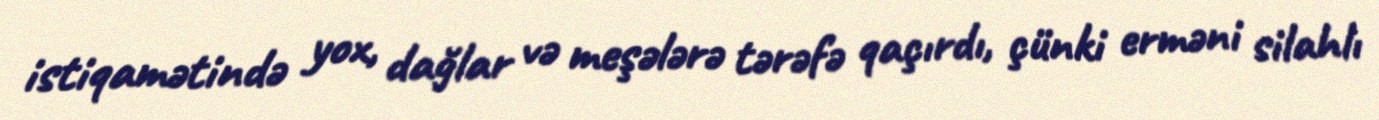
istiqamətində yox, dağlar və meşələrə tərəfə qaçırdı, çünki erməni silahlı